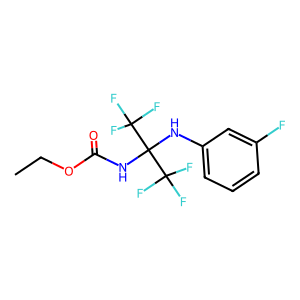
SMILES: CCOC(=O)NC(Nc1cccc(F)c1)(C(F)(F)F)C(F)(F)F
Inhibits HIV replication: No